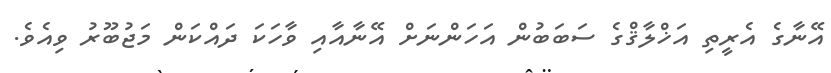
އޭނާގެ އެރީތި އަޚްލާޤްގެ ސަބަބުން އަހަންނަށް އޭނާއާއި ވާހަކަ ދައްކަން މަޖުބޫރު ވިއެވެ.